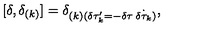
[ \delta , \delta _ { ( k ) } ] = \delta _ { ( k ) ( \delta \tau _ { k } ^ { \prime } = - \delta \tau \: \dot { \delta \tau _ { k } } ) } ,